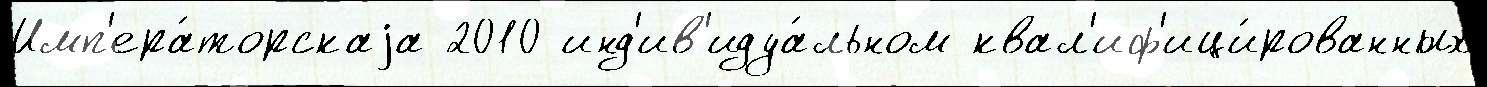
Имп'ера́торскаjа 2010 инд'ив'идуа́льном квал'иф'ици́рованных